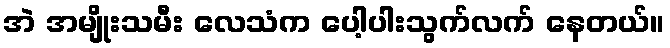
အဲ အမျိုးသမီး လေသံက ပေါ့ပါးသွက်လက် နေတယ်။